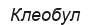
Клеобул